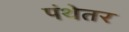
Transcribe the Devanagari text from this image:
पंथेतर